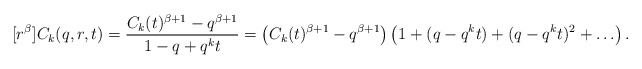
\begin{align*}[r^\beta] C_k(q,r,t) = \frac{C_k(t)^{\beta+1}-q^{\beta+1}}{1-q+q^kt} = \left( C_k(t)^{\beta+1}-q^{\beta+1} \right) \left( 1 + (q-q^kt) + (q-q^kt)^2 + \hdots \right).\end{align*}